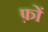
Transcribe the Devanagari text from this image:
फ़ों